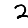
Digit: 2